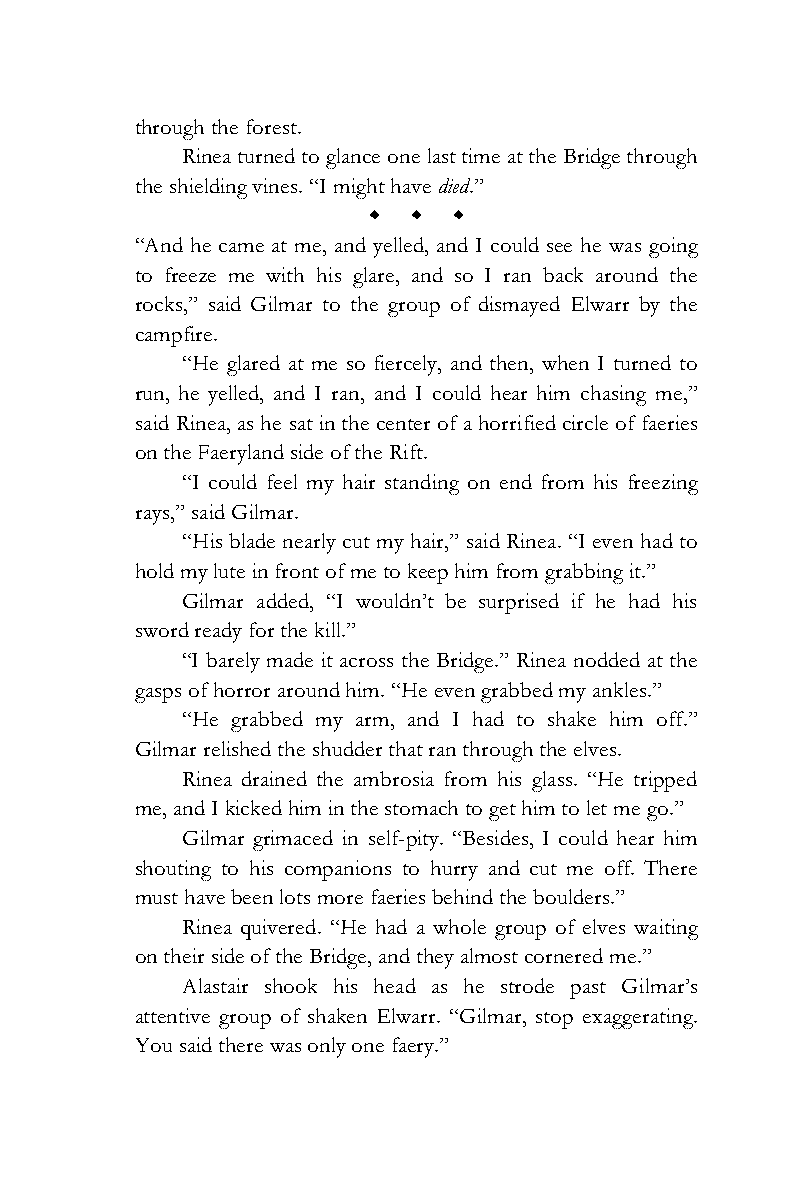
through the forest.
 Rinea turned to glance one last time at the Bridge through
 the shielding vines. “I might have died.”
 w w w
 “And he came at me, and yelled, and I could see he was going
 to freeze me with his glare, and so I ran back around the
 rocks,” said Gilmar to the group of dismayed Elwarr by the
 campfire.
 “He glared at me so fiercely, and then, when I turned to
 run, he yelled, and I ran, and I could hear him chasing me,”
 said Rinea, as he sat in the center of a horrified circle of faeries
 on the Faeryland side of the Rift.
 “I could feel my hair standing on end from his freezing
 rays,” said Gilmar.
 “His blade nearly cut my hair,” said Rinea. “I even had to
 hold my lute in front of me to keep him from grabbing it.”
 Gilmar added, “I wouldn’t be surprised if he had his
 sword ready for the kill.”
 “I barely made it across the Bridge.” Rinea nodded at the
 gasps of horror around him. “He even grabbed my ankles.”
 “He grabbed my arm, and I had to shake him off.”
 Gilmar relished the shudder that ran through the elves.
 Rinea drained the ambrosia from his glass. “He tripped
 me, and I kicked him in the stomach to get him to let me go.”
 Gilmar grimaced in self-pity. “Besides, I could hear him
 shouting to his companions to hurry and cut me off. There
 must have been lots more faeries behind the boulders.”
 Rinea quivered. “He had a whole group of elves waiting
 on their side of the Bridge, and they almost cornered me.”
 Alastair shook his head as he strode past Gilmar’s
 attentive group of shaken Elwarr. “Gilmar, stop exaggerating.
 You said there was only one faery.”